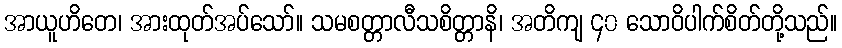
အာယူဟိတေ၊ အားထုတ်အပ်သော်။ သမစတ္တာလီသစိတ္တာနိ၊ အတိကျ ၄၀ သောဝိပါက်စိတ်တို့သည်။